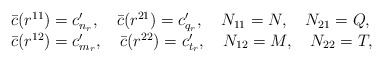
\begin{align*}\begin{array}{l}\bar{c}(r^{11})=c'_{n_{r}},\quad \bar{c}(r^{21})=c'_{q_{r}},\quad N_{11}=N, \quad N_{21}=Q, \\\bar{c}(r^{12})=c'_{m_{r}}, \quad \bar{c}(r^{22})=c'_{t_{r}},\quad N_{12}=M, \quad N_{22}=T,\end{array}\end{align*}